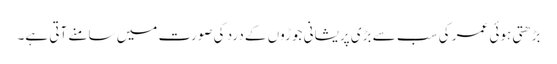
بڑھتی ہوئی عمر کی سب سے بڑی پریشانی جوڑوں کے درد کی صورت میں سامنے آتی ہے۔